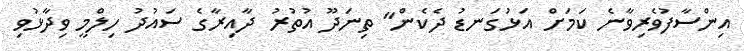
އިންސާފުވެރިވާނެ ކަމަށް އަޅުގަނޑު ދެކެން" ތިނަދޫ އުތުރު ދާއިރާގެ ސައުދު ހިލްމީ ވިދާޅުވި